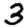
Digit: 3